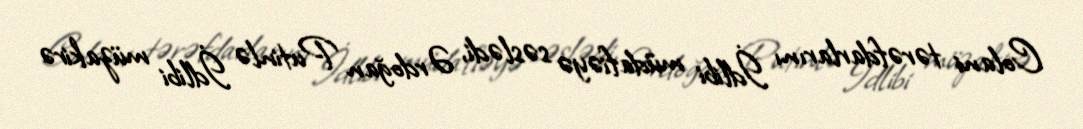
Colani tərəfdarlarını İdlibi müdafiəyə səslədi, Ərdoğan Putinlə İdlibi müzakirə